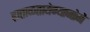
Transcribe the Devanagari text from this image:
हाताळतायेण्याजोगे